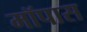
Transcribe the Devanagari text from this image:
मॉपास